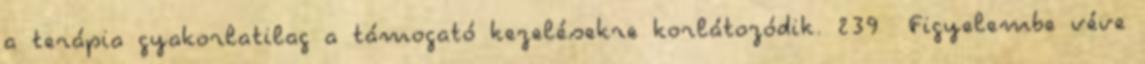
a terápia gyakorlatilag a támogató kezelésekre korlátozódik. 239 Figyelembe véve